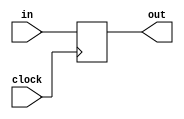
module top(input clock, in, output reg out);
	always @(posedge clock)
		out <= in;
		
endmodule